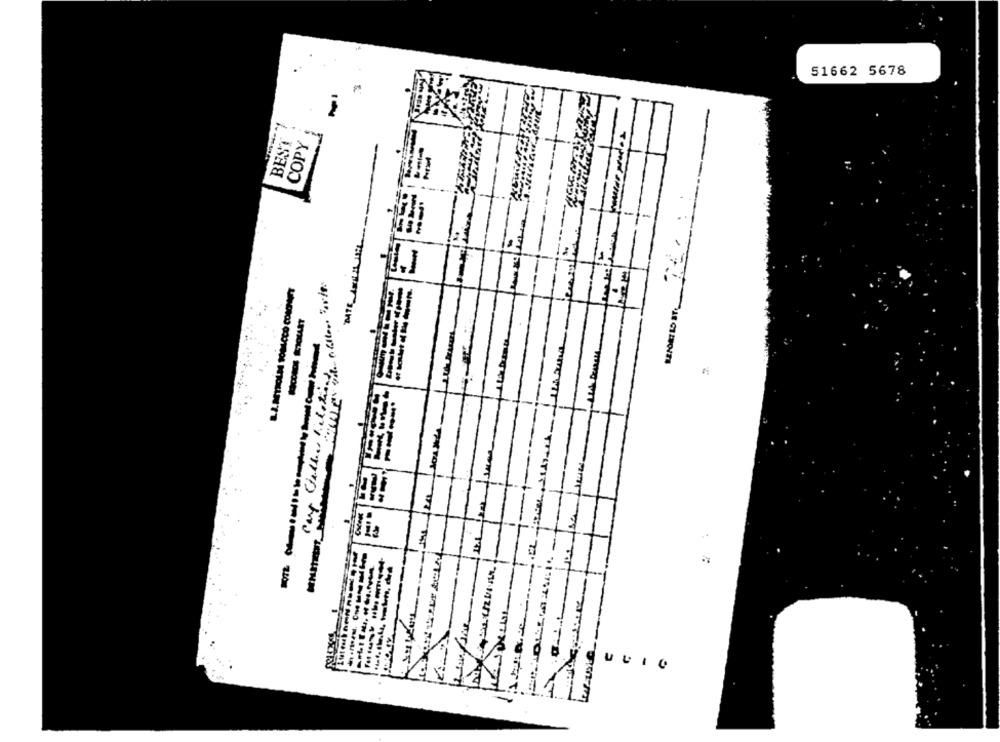
51662 5678
BEST
COPY
-:-
E
ADAM
-------
--- ---
-
--
ULIC